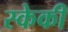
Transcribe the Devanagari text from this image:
स्केकी